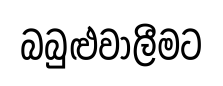
බබුළුවාලීමට